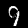
Label: 9